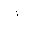
Letter: _alif